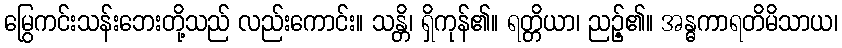
မြွေကင်းသန်းဘေးတို့သည် လည်းကောင်း။ သန္တိ၊ ရှိကုန်၏။ ရတ္တိယာ၊ ညဉ့်၏။ အန္ဓကာရတိမိသာယ၊